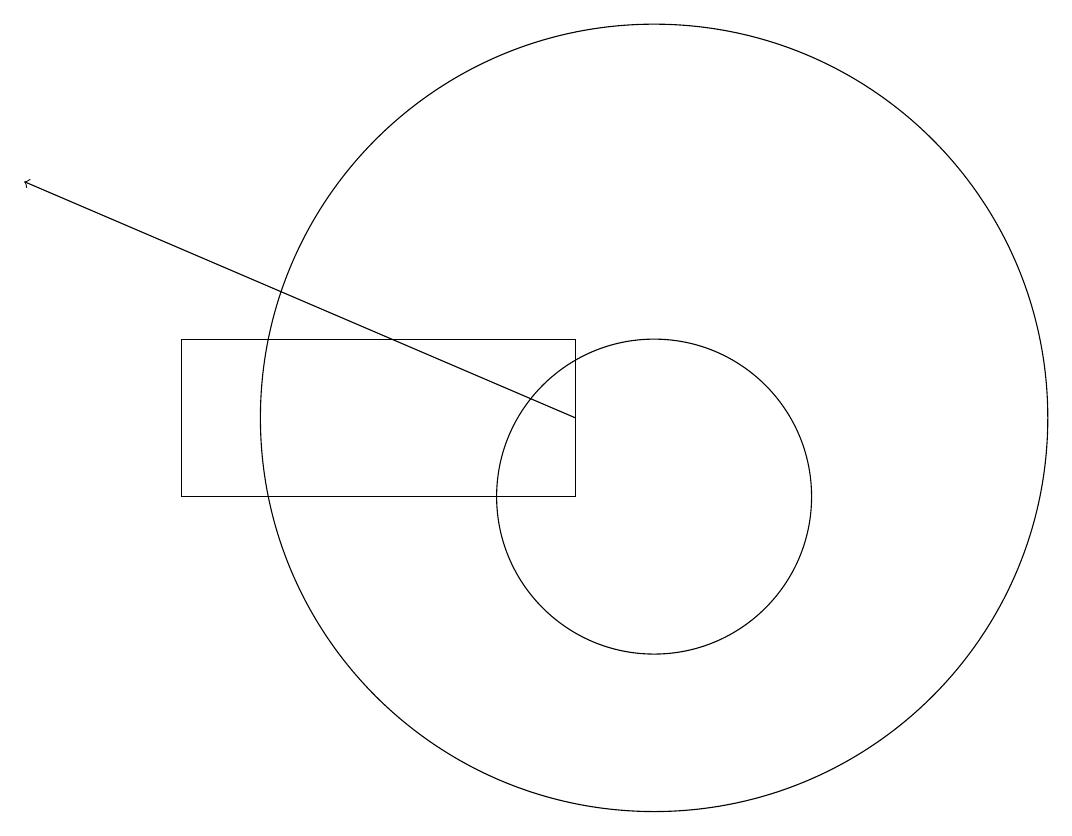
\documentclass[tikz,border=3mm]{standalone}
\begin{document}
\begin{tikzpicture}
\draw (9,11) rectangle (4,13);
\draw (10,12) circle (5);
\draw[->] (9,12) -- (2,15);
\draw (10,11) circle (2);
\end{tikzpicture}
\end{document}